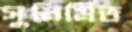
সুনির্মিত